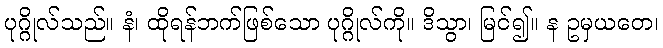
ပုဂ္ဂိုလ်သည်။ နံ၊ ထိုရန်ဘက်ဖြစ်သော ပုဂ္ဂိုလ်ကို။ ဒိသွာ၊ မြင်၍။ န ဥမှယတေ၊